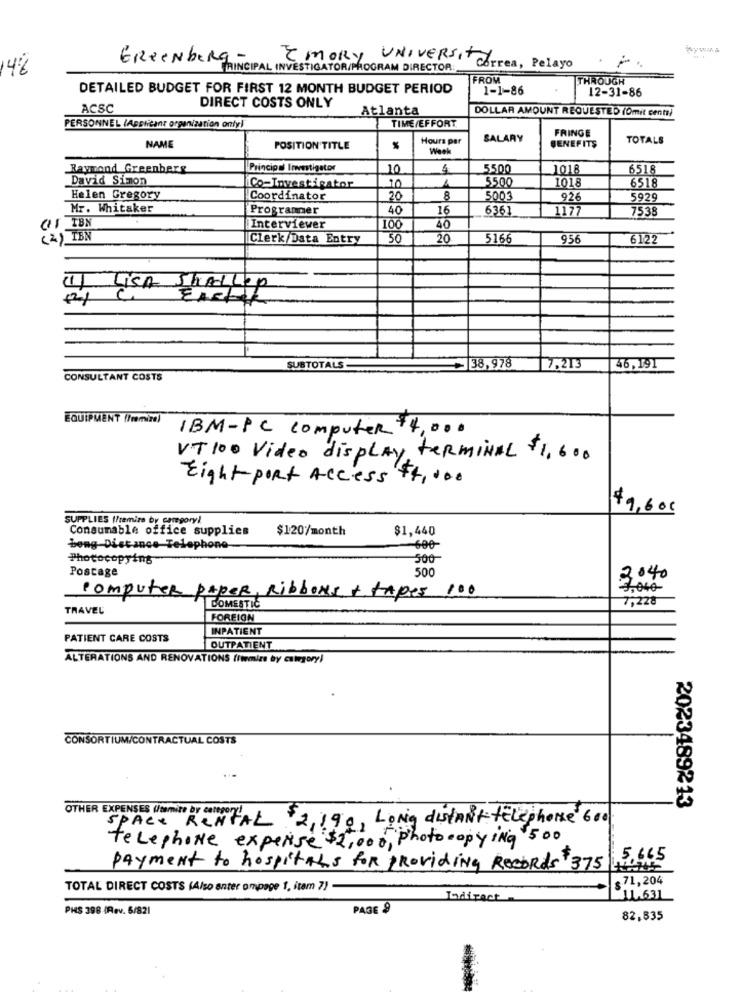
EReenberg-
42
PRINCIPAL INVESTIGATOR/PROGRAM DIRECTOR:
EMORY UNIVERSITY Correa, Pelayo
FROM
THROUGH
DETAILED BUDGET FOR FIRST 12 MONTH BUDGET PERIOD
1-1-86
12-31-86
ACSC
DIRECT COSTS ONLY
Atlanta
DOLLAR AMOUNT REQUESTED (Ömit cent)
PERSONNEL (Applicant organization only!
TIME/EFFORT
Hours par
SALARY
FRINGE
TOTALS
NAME
POSITION TITLE
BENEFITŞ
Raymond Greenberg
Principal Investigator
10
5500
1018
6518
David Simon
5500
1018
Co-Investigator
10
6518
Helen Gregory
Coordinator
20
8
5003
926
5929
Mr. Whitaker
Programmer
40
16
6361
1177
7538
OF IBN
Interviewer
100
40
(2) IBN
Clerk/Data Entry
50
20
5166
956
6122
(1) List Shallep
01 C EASTER
SUBTOTALS
~ 38,978
7,213
46,191
CONSULTANT COSTS
EQUIPMENT (/memiza)
IBM-PC computer $4,00
VT 100 Video display terminal $1,600
Eight port Access
74,000
$9,600
SUPPLIES [Premire by caregory)
Consumable office supplies
$120/month
$1,440
bong Distance Telephone
600
Photocopying
500
Postage
500
2040
3.000
computer paper, Ribbons + tapes 100
7,228
TRAVEL
DOMESTIC
FOREIGN
INPATIENT
PATIENT CARE COSTS
OUTPATIENT
ALTERATIONS AND RENOVATIONS (Itemize by category)
CONSORTIUM/CONTRACTUAL COSTS
2023489213
OTHER EXPENSES (/temite by category_
Long distant telephone 600
SPACE RENTAL 2,19%,
telephone experise $2,000, Photocopying 500
5,665
Payment to hospitals for providing Records 375
$71,204
TOTAL DIRECT COSTS (Also anter ompage 1, item 7)
Jodiract
11.631
PHS 398 (Rev. 6/821
PAGE 9
82,835
4 4